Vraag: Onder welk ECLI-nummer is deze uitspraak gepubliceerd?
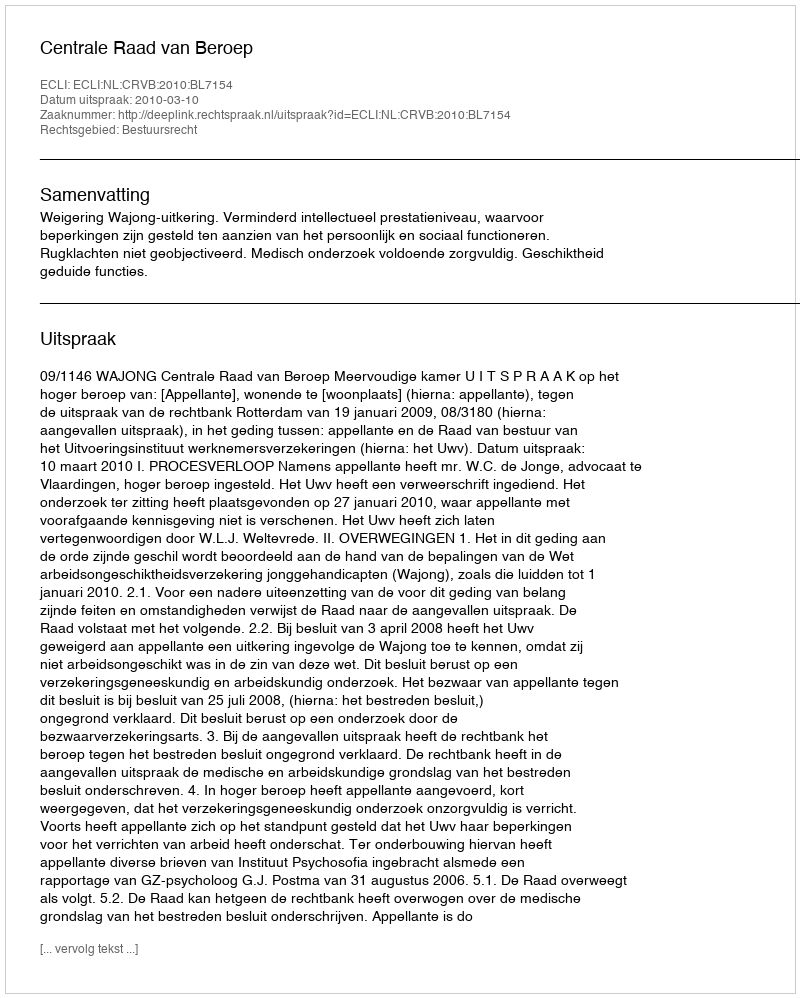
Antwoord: ECLI:NL:CRVB:2010:BL7154